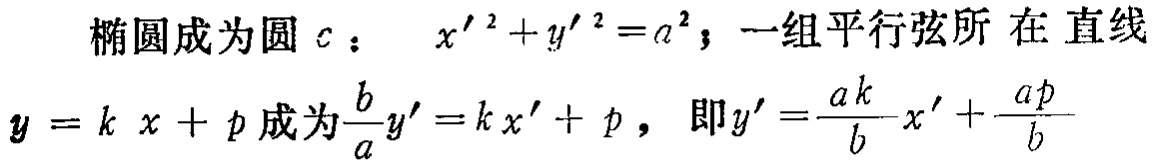
椭圆成为圆$c$：$x'^{2}+y'^{2}=a^{2}$；一组平行弦所在直线
$y = kx + p$成为$\frac{b}{a}y' = kx' + p$，即$y' = \frac{ak}{b}x'+\frac{ap}{b}$